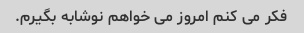
فکر می کنم امروز می خواهم نوشابه بگیرم.